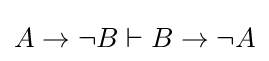
A\to \lnot B\vdash B\to \lnot A